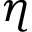
\eta